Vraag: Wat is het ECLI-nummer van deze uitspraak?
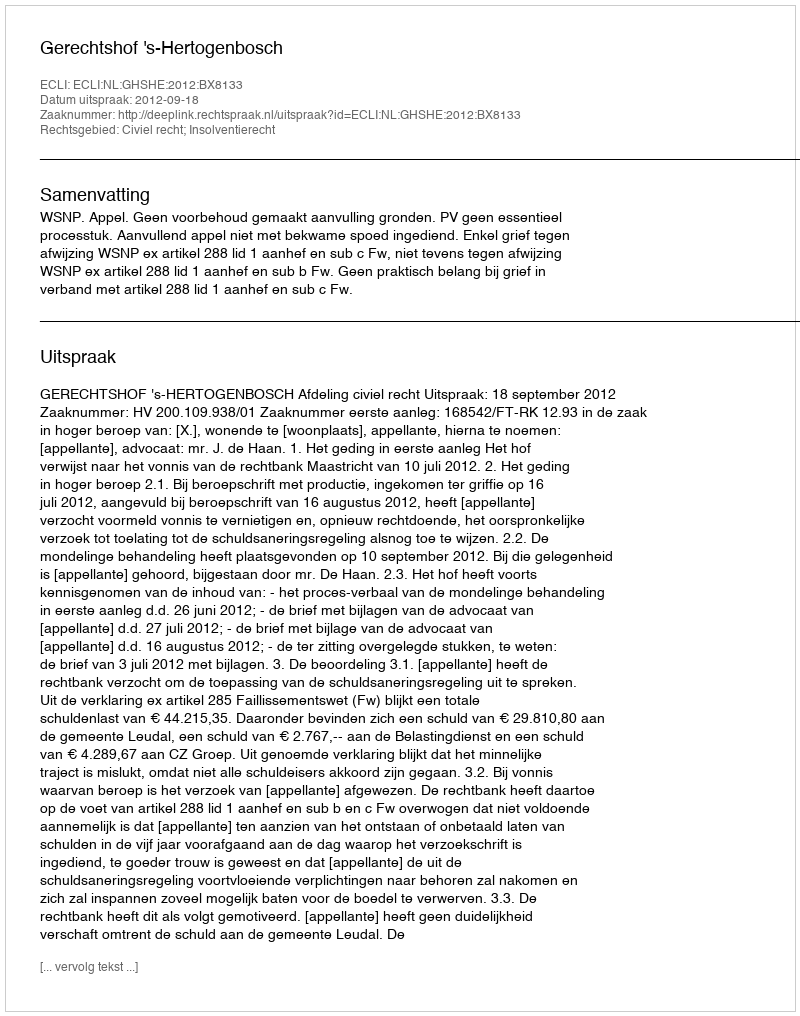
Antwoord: ECLI:NL:GHSHE:2012:BX8133